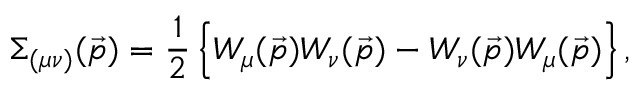
\Sigma _ { ( \mu \nu ) } ( \vec { p } ) = \frac { 1 } { 2 } \left\{ W _ { \mu } ( \vec { p } ) W _ { \nu } ( \vec { p } ) - W _ { \nu } ( \vec { p } ) W _ { \mu } ( \vec { p } ) \right\} ,